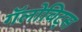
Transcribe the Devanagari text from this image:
गॅलोविट्स